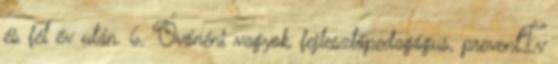
és fél év után. 6. Óvónéni vagyok, fejlesztőpedagógus, preventÍv